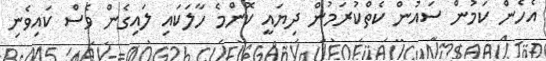
އެހެން ކަމުން ސައުން ކެތްކުރަމުން ދިޔައީ ކޮންމެ ހާލަކައި ލައިގެން ވެސް ކައިވެނި